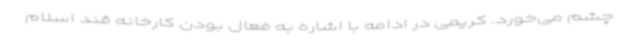
چشم می‌خورد. کریمی در ادامه با اشاره به فعال بودن کارخانه قند اسلام